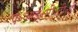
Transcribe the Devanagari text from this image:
ए॰आई॰सी॰टी॰ई